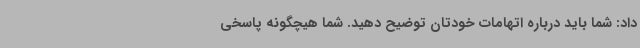
داد: شما باید درباره اتهامات خودتان توضیح دهید. شما هیچگونه پاسخی